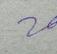
Signature authenticity: genuine